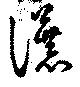
瀑